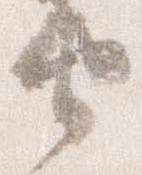
由